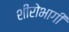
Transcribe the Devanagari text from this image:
शीरोभागी